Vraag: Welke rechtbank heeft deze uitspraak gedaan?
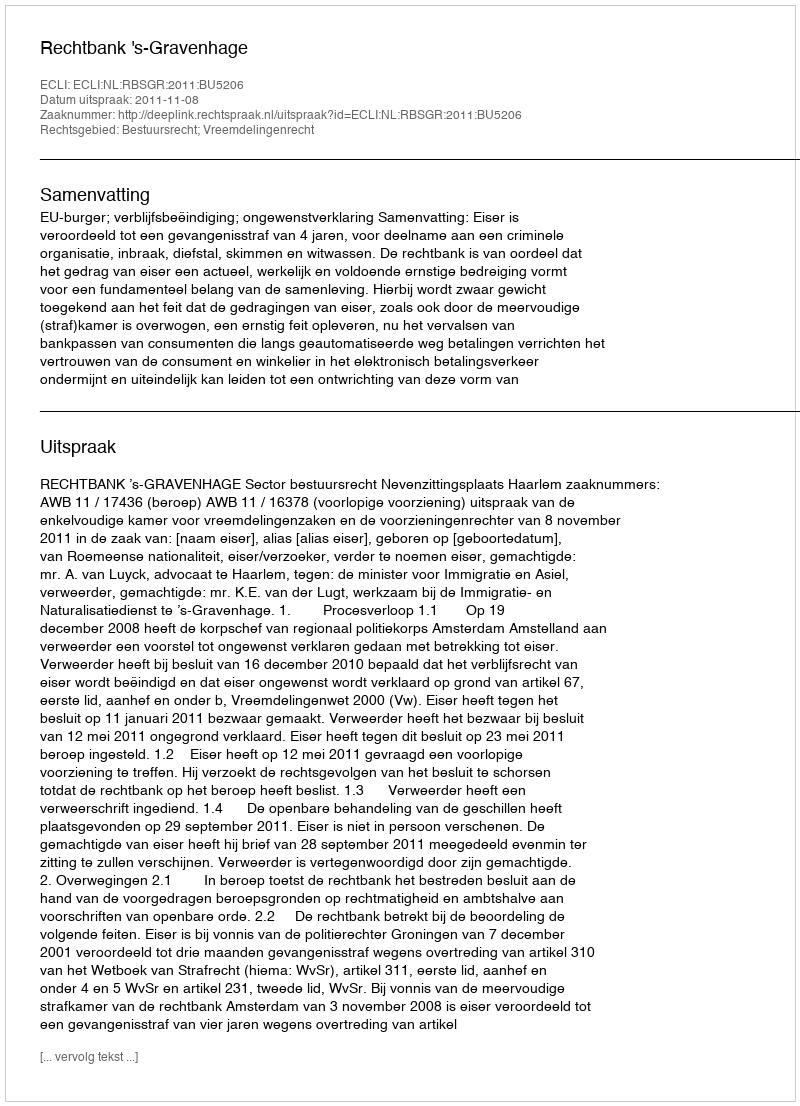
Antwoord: Rechtbank 's-Gravenhage